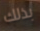
بذلك